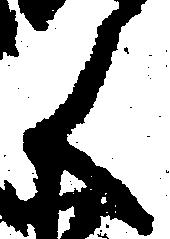
く